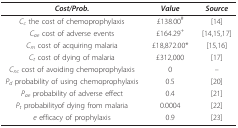
<table><thead><tr><td><b><i>Cost/Prob.</i></b></td><td><b><i>Value</i></b></td><td><b><i>Source</i></b></td></tr></thead><tbody><tr><td><i>C</i><sub><i>c </i></sub>the cost of chemoprophylaxis</td><td>£138.00<sup>#</sup></td><td>[14]</td></tr><tr><td><i>C</i><sub><i>ae </i></sub>cost of adverse events</td><td>£164.29<sup>+</sup></td><td>[14,15,17]</td></tr><tr><td><i>C</i><sub><i>m </i></sub>cost of acquiring malaria</td><td>£18,872.00*</td><td>[15,16]</td></tr><tr><td><i>C</i><sub><i>t </i></sub>cost of dying of malaria</td><td>£312,000</td><td>[17]</td></tr><tr><td><i>C</i><sub><i>nc </i></sub>cost of avoidingchemoprophylaxis</td><td>0</td><td>--</td></tr><tr><td><i>P</i><sub><i>d </i></sub>probability of usingchemoprophylaxis</td><td>0.5</td><td>[20]</td></tr><tr><td><i>P</i><sub><i>ae </i></sub>probability of adverseeffect</td><td>0.4</td><td>[21]</td></tr><tr><td><i>P</i><sub><i>t </i></sub>probabilityof dying frommalaria</td><td>0.0004</td><td>[22]</td></tr><tr><td><i>e </i>efficacy of prophylaxis</td><td>0.9</td><td>[23]</td></tr></tbody></table>